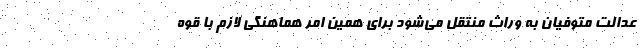
عدالت متوفیان به وراث منتقل می‌شود برای همین امر هماهنگی لازم با قوه